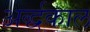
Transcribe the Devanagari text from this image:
अर्द्धकाल